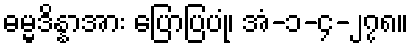
ဓမ္မဒိန္နာအား ပြောပြပုံ၊ အံ-၁-၄-၂၇၈။